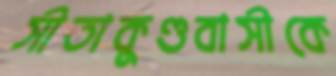
সীতাকুণ্ডবাসীকে